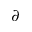
\partial